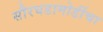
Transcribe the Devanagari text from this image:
सौरघडामोडींचा